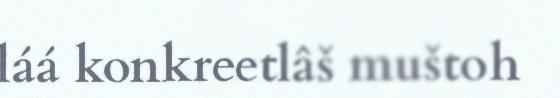
láá konkreetlâš muštoh